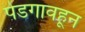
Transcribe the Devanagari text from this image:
पेडगावहून